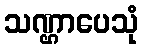
သဏ္ဌာပေသုံ